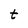
Character: t